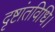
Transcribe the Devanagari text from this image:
दृष्टांतविधि।